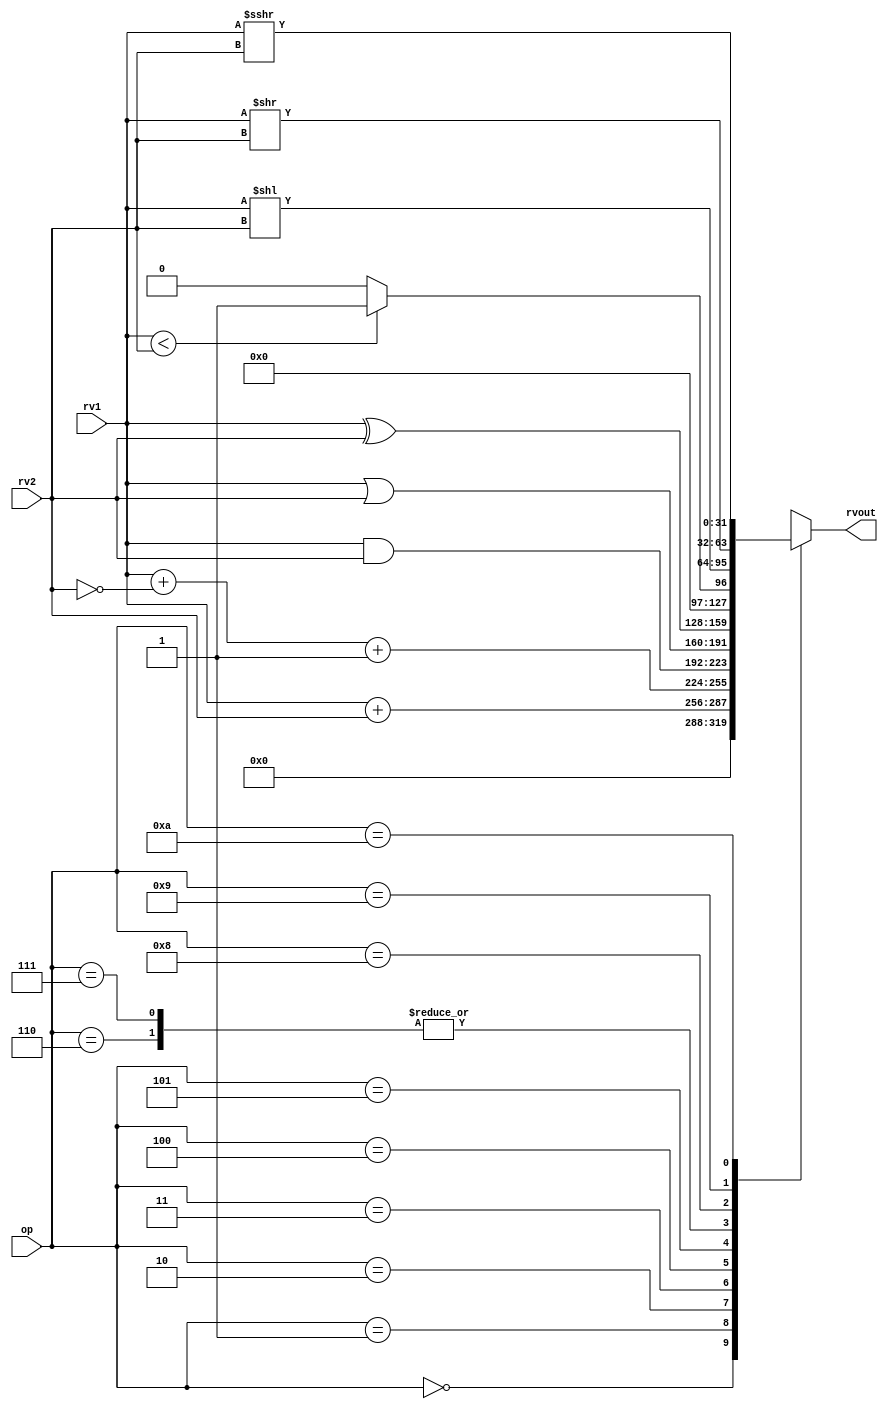
module alu32(
    input [5:0] op,      // some input encoding of your choice
    input [31:0] rv1,    // First operand
    input [31:0] rv2,    // Second operand
    output [31:0] rvout  // Output value
);
   
    reg [31:0] alu_out;
   
    //Combinational block to compute ALU ops
    assign rvout = alu_out;

    always @(*) begin
        case (op)
            0       :   alu_out = 0;
            1       :   alu_out = rv1 + rv2;                                 //ADD
            2       :   alu_out = rv1 + (~rv2) + 1;                          //SUB
            3       :   alu_out = rv1 & rv2;                                 //AND
            4       :   alu_out = rv1 | rv2;                                 //OR
            5       :   alu_out = rv1 ^ rv2;                                 //XOR
            6       :   alu_out = (rv1 < rv2) ? 1 : 0;                       //SLT
            7       :   alu_out = ($unsigned(rv1) < $unsigned(rv2)) ? 1 : 0; //SLTU
            8       :   alu_out = rv1 << rv2;                                //SLL
            9       :   alu_out = rv1 >> rv2;                                //SRL
            10      :   alu_out = rv1 >>> rv2;                               //SRA                                                 
            default :   alu_out = 1'bx;                                      //Invalid
        endcase
    end

endmodule